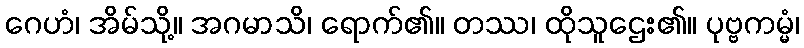
ဂေဟံ၊ အိမ်သို့။ အဂမာသိ၊ ရောက်၏။ တဿ၊ ထိုသူဌေး၏။ ပုဗ္ဗကမ္မံ၊